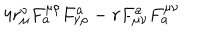
4 r _ { \mu } ^ { \nu } F _ { a } ^ { \mu \rho } F _ { \nu \rho } ^ { a } - r F _ { \mu \nu } ^ { a } F _ { a } ^ { \mu \nu }